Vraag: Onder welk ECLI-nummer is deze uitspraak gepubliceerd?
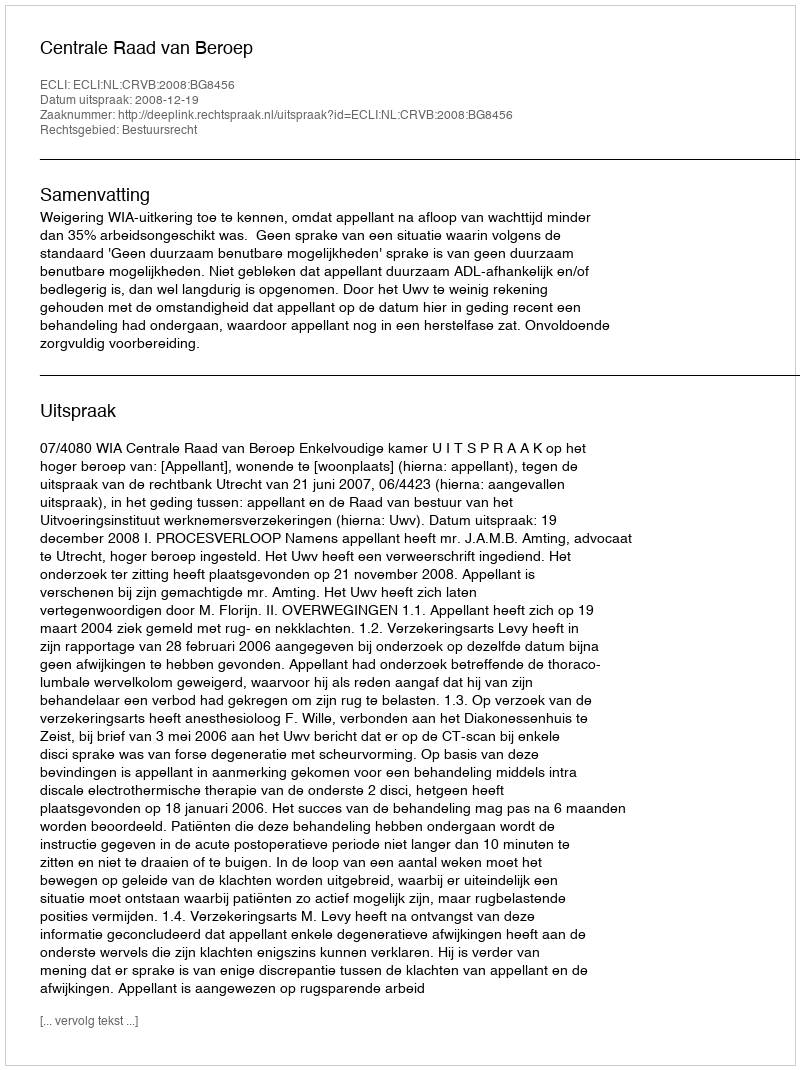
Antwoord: ECLI:NL:CRVB:2008:BG8456